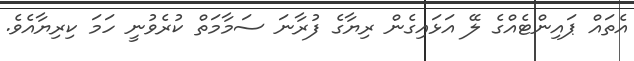
އެތައް ޕައިންޓެއްގެ ލޭ އަޅައިގެން ރިޔާގެ ފުރާނަ ސަމާމަތް ކުރެވުނީ ހަމަ ކިރިޔާއެވެ.